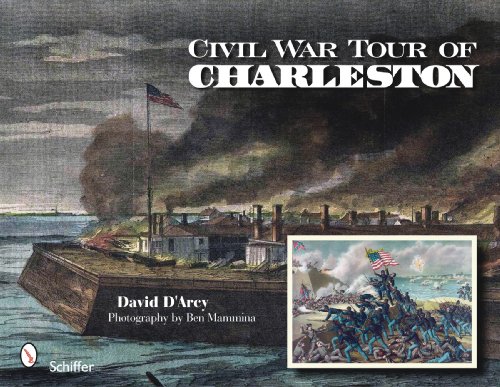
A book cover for Civil War Tour of Charleston; Ben Mammina David D'arcy; Travel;